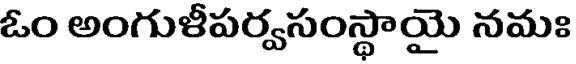
ఓం అంగుళీపర్వసంస్థాయై నమః